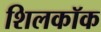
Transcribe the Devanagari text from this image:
शिलकॉक